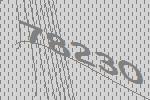
78230